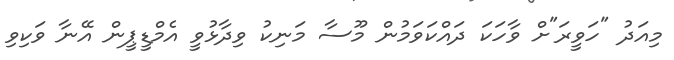
މިއަދު "ހަވީރަ"ށް ވާހަކަ ދައްކަވަމުން މޫސާ މަނިކު ވިދާޅުވީ އެމްޑީޕީން އޭނާ ވަކިވި